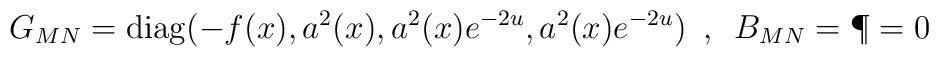
G_{MN}={\rm diag}(-f(x),a^{2}(x),a^{2}(x)e^{-2u},a^{2}(x)e^{-2u})\,\,\,,\,\,\, B_{MN}=\P=0